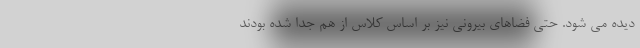
دیده می شود. حتی فضاهای بیرونی نیز بر اساس کلاس از هم جدا شده بودند